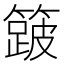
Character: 𮆎